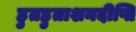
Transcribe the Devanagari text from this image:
हुतहुताशनदीप्ति